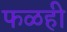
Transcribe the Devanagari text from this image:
फळही